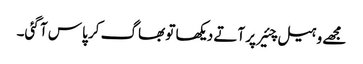
مجھے وہیل چئیر پر آتے دیکھا تو بھاگ کر پاس آ گئی۔